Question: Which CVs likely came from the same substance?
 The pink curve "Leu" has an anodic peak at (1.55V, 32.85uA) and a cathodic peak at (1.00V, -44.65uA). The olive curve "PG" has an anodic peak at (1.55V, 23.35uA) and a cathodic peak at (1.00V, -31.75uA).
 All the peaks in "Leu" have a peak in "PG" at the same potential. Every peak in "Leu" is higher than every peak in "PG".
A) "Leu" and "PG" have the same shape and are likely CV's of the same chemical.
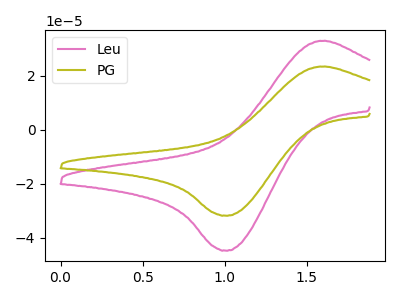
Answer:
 <answer>A) "Leu" and "PG" have the same shape and are likely CV's of the same chemical.</answer>
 <eval>A</eval>